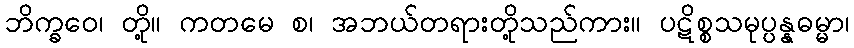
ဘိက္ခဝေ၊ တို့။ ကတမေ စ၊ အဘယ်တရားတို့သည်ကား။ ပဋိစ္စသမုပ္ပန္နဓမ္မာ၊